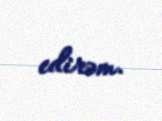
edirəm.